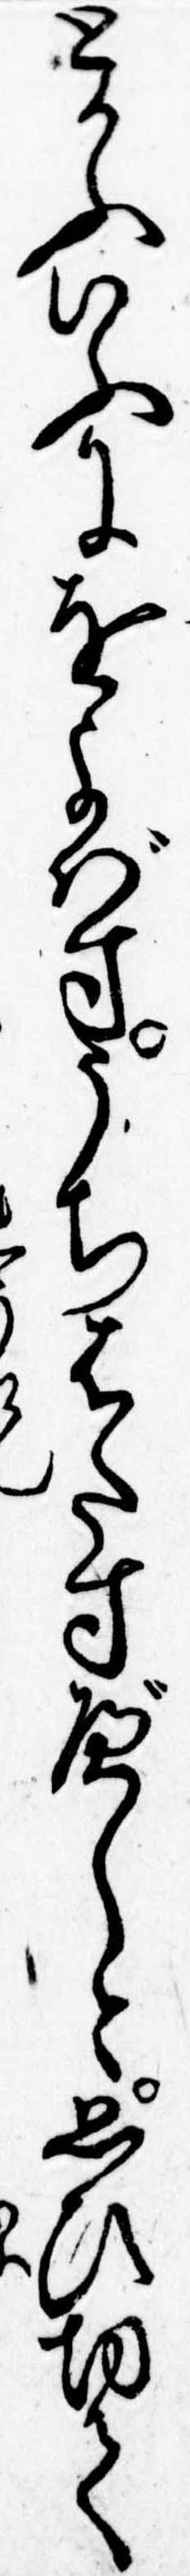
とかふいふにをよばすうちはたすべしと思ひ切て